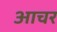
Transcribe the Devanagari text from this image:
आचर